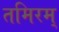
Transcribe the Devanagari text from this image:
तमिरम्